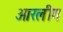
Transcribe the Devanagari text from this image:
आरलीग